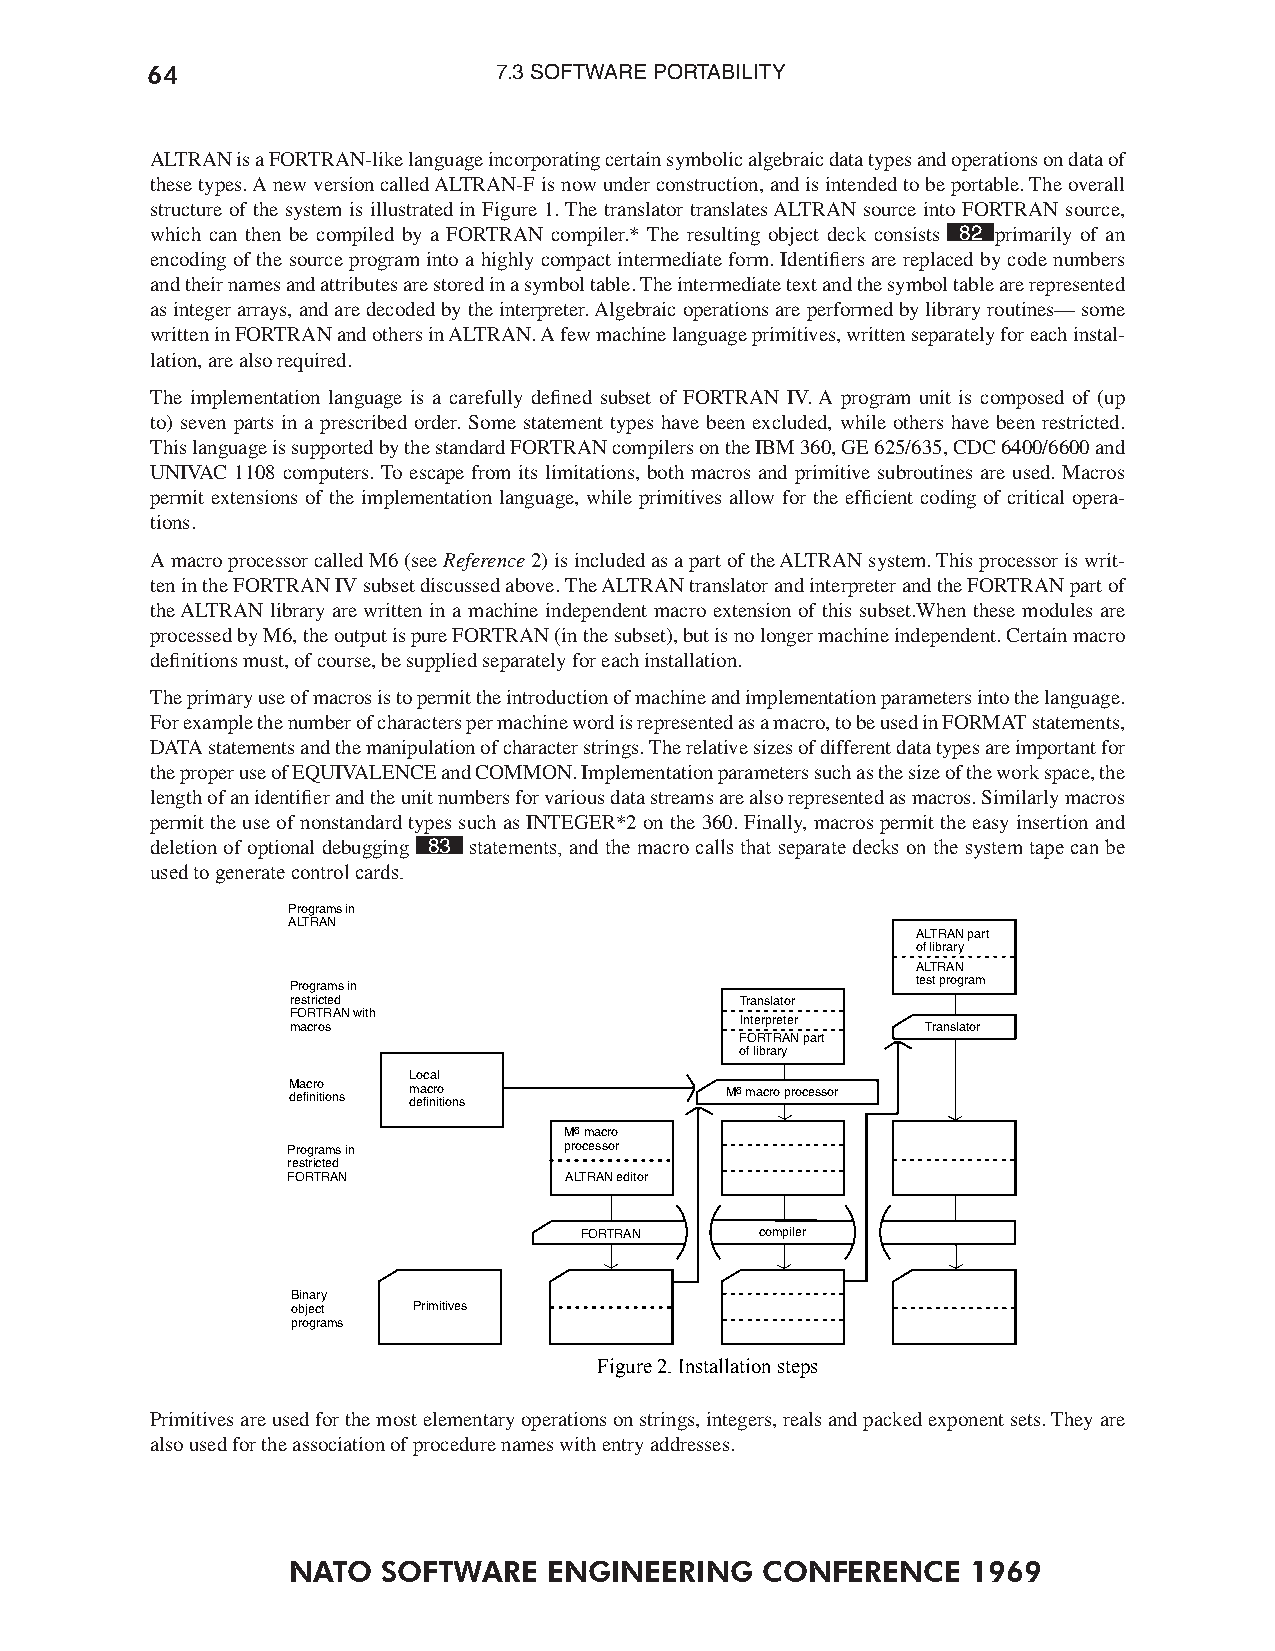
64                     7.3 SOFTWARE PORTABILITY
 ALTRAN is a FORTRAN-like language incorporating certain symbolic algebraic data types and operations on data of
 these types. A new version called ALTRAN-F is now under construction, and is intended to be portable. The overall
 structure of the system is illustrated in Figure 1. The translator translates ALTRAN source into FORTRAN source,
 which can then be compiled by a FORTRAN compiler.* The resulting object deck consists 82 primarily of an
 encoding of the source program into a highly compact intermediate form. Identifiers are replaced by code numbers
 and their names and attributes are stored in a symbol table. The intermediate text and the symbol table are represented
 as integer arrays, and are decoded by the interpreter. Algebraic operations are performed by library routines— some
 written in FORTRAN and others in ALTRAN. A few machine language primitives, written separately for each instal-
 lation, are also required.
 The implementation language is a carefully defined subset of FORTRAN IV. A program unit is composed of (up
 to) seven parts in a prescribed order. Some statement types have been excluded, while others have been restricted.
 This language is supported by the standard FORTRAN compilers on the IBM 360, GE 625/635, CDC 6400/6600 and
 UNIVAC 1108 computers. To escape from its limitations, both macros and primitive subroutines are used. Macros
 permit extensions of the implementation language, while primitives allow for the efficient coding of critical opera-
 tions.
 A macro processor called M6 (see Reference 2) is included as a part of the ALTRAN system. This processor is writ-
 ten in the FORTRAN IV subset discussed above. The ALTRAN translator and interpreter and the FORTRAN part of
 the ALTRAN library are written in a machine independent macro extension of this subset.When these modules are
 processed by M6, the output is pure FORTRAN (in the subset), but is no longer machine independent. Certain macro
 definitions must, of course, be supplied separately for each installation.
 The primary use of macros is to permit the introduction of machine and implementation parameters into the language.
 For example the number of characters per machine word is represented as a macro, to be used in FORMAT statements,
 DATA statements and the manipulation of character strings. The relative sizes of different data types are important for
 the proper use of EQUIVALENCE and COMMON. Implementation parameters such as the size of the work space, the
 length of an identifier and the unit numbers for various data streams are also represented as macros. Similarly macros
 permit the use of nonstandard types such as INTEGER*2 on the 360. Finally, macros permit the easy insertion and
 deletion of optional debugging 83 statements, and the macro calls that separate decks on the system tape can be
 used to generate control cards.
 Programs in
 ALTRAN
 ALTRAN part
 of library
 ALTRAN
 Programs in                               test program
 restricted                    Translator
 FORTRAN with
 Interpreter
 macros                                    Translator
 FORTRAN part
 of library
 Local
 M dea fc inr io tions m dea fc inr io tions M6 macro processor
 M6 macro
 Programs in       processor
 restricted
 FORTRAN           ALTRAN editor
 FORTRAN     compiler
 Binary
 object  Primitives
 programs
 Figure 2. Installation steps
 Primitives are used for the most elementary operations on strings, integers, reals and packed exponent sets. They are
 also used for the association of procedure names with entry addresses.
 NATO  SOFTWARE   ENGINEERING   CONFERENCE    1969